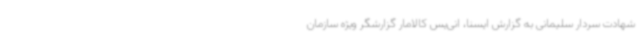
شهادت سردار سلیمانی به گزارش ایسنا، انی‌یس کالامار گزارشگر ویژه سازمان